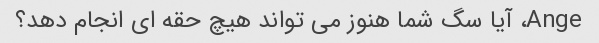
Ange، آیا سگ شما هنوز می تواند هیچ حقه ای انجام دهد؟